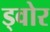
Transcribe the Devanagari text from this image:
ड्वोर